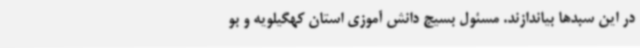
در این سبدها بیاندازند. مسئول بسیج دانش آموزی استان کهگیلویه و بو